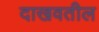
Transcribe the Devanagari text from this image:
दाखवतील